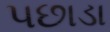
પછાડા